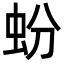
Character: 蚡